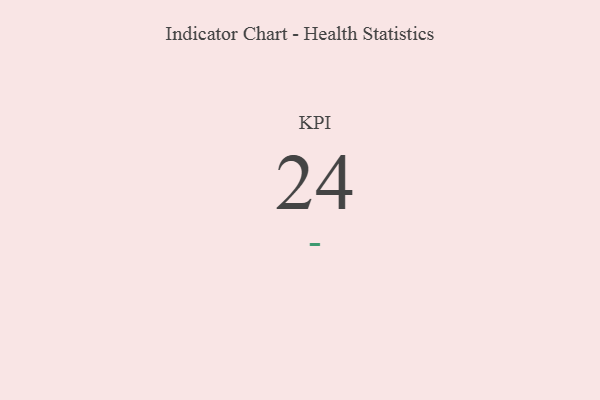
{"axis": {"x": "KPI", "y": "Value"}, "legend": [""], "data": [{"x": "KPI", "y": 24, "type": ""}]}